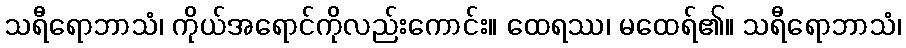
သရီရောဘာသံ၊ ကိုယ်အရောင်ကိုလည်းကောင်း။ ထေရဿ၊ မထေရ်၏။ သရီရောဘာသံ၊